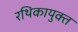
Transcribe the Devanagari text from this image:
रथिकायुक्त